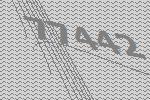
77442